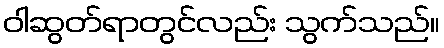
ဝါဆွတ်ရာတွင်လည်း သွက်သည်။